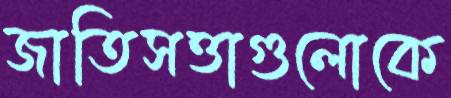
জাতিসত্তাগুলোকে